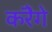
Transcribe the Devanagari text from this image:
करेॆगे